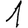
Digit: 1